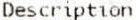
DESCRIPTION